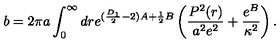
b = 2 \pi a \int _ { 0 } ^ { \infty } d r e ^ { ( \frac { D _ { 1 } } { 2 } - 2 ) A + \frac { 1 } { 2 } B } \left( \frac { P ^ { 2 } ( r ) } { a ^ { 2 } e ^ { 2 } } + \frac { e ^ { B } } { \kappa ^ { 2 } } \right) .